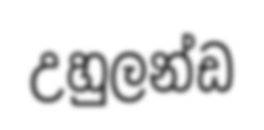
උහුලන්ඩ